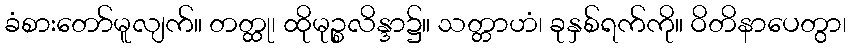
ခံစားတော်မူလျက်။ တတ္ထု၊ ထိုမုဉ္စလိန္ဒာ၌။ သတ္တာဟံ၊ ခုနှစ်ရက်ကို။ ဝိတိနာပေတွာ၊